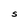
Character: S